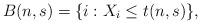
LaTeX: \begin{align*}B(n,s)= \{i: X_i \leq t(n,s) \},\end{align*}